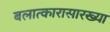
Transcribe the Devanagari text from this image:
बलात्कारासारख्या